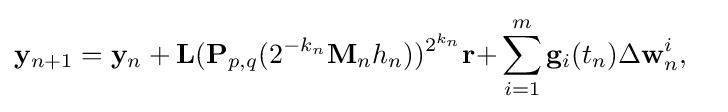
\mathbf {y} _{n+1}=\mathbf {y} _{n}+\mathbf {L} (\mathbf {P} _{p,q}(2^{-k_{n}}\mathbf {M} _{n}h_{n}))^{2^{k_{n}}}\mathbf {r+} \sum \limits _{i=1}^{m}\mathbf {g} _{i}(t_{n})\Delta \mathbf {w} _{n}^{i},\quad